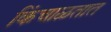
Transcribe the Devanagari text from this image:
किंचाळतात